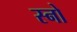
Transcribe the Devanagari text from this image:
स्‍नो